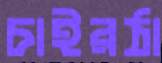
চাইরঠা